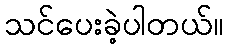
သင်ပေးခဲ့ပါတယ်။